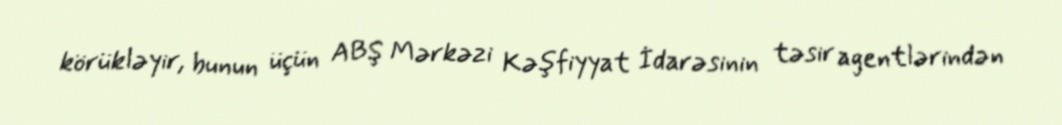
körükləyir, bunun üçün ABŞ Mərkəzi Kəşfiyyat İdarəsinin təsir agentlərindən